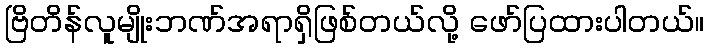
ဗြိတိန်လူမျိုးဘဏ်အရာရှိဖြစ်တယ်လို့ ဖော်ပြထားပါတယ်။